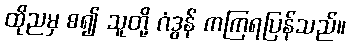
ထိုညမှ စ၍ သူတို့ ဂံဒွန် ကကြရပြန်သည်။